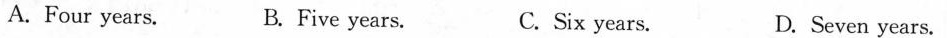
A. Four years. B. Five years. C.Six years. D. Seven years.